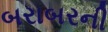
બરાબરની